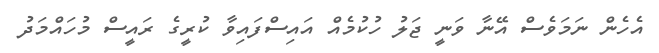
އެހެން ނަމަވެސް އޭނާ ވަނީ ޖަލު ހުކުމެއް އައިސްފައިވާ ކުރީގެ ރައީސް މުހައްމަދު